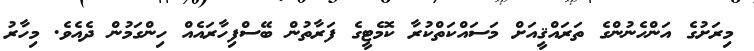
މިރަށުގެ އަންހެނުންގެ ތަރައްޤީއަށް މަސައްކަތްކުރާ ކޮމެޓީގެ ފަރާތުން ބޭސްފިހާރައެއް ހިންގަމުން ދެއެވެ. މިހާރު